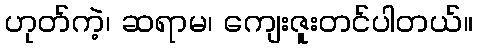
ဟုတ်ကဲ့၊ ဆရာမ၊ ကျေးဇူးတင်ပါတယ်။